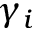
\gamma _ { i }